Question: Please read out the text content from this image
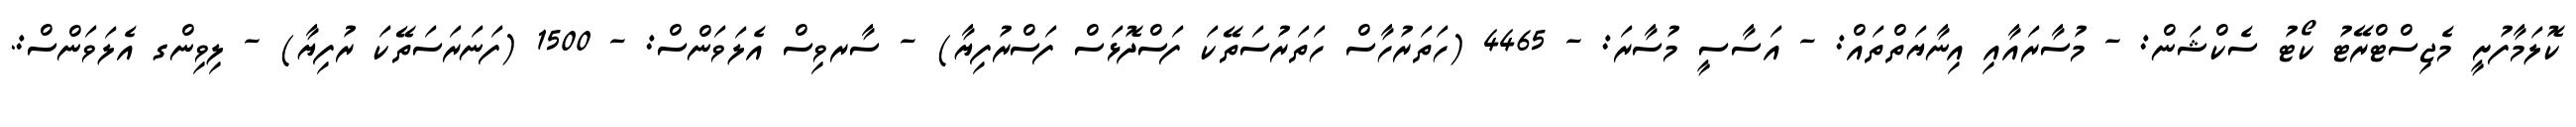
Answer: ކޮލަމާފުށީ މެޖިސްޓްރޭޓު ކޯޓު ސެކްޝަން: - މުސާރައާއި އިނާޔަތްތައް: - އަސާސީ މުސާރަ: - 4465 (ހަތަރުހާސް ހަތަރުސަތޭކަ ފަސްދޮޅަސް ފަސްރުފިޔާ) - ސާރވިސް އެލަވަންސް: - 1500 (ފަނަރަސަތޭކަ ރުފިޔާ) - ލިވިންގ އެލަވަންސް:.